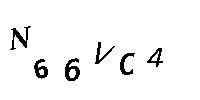
N66VC4